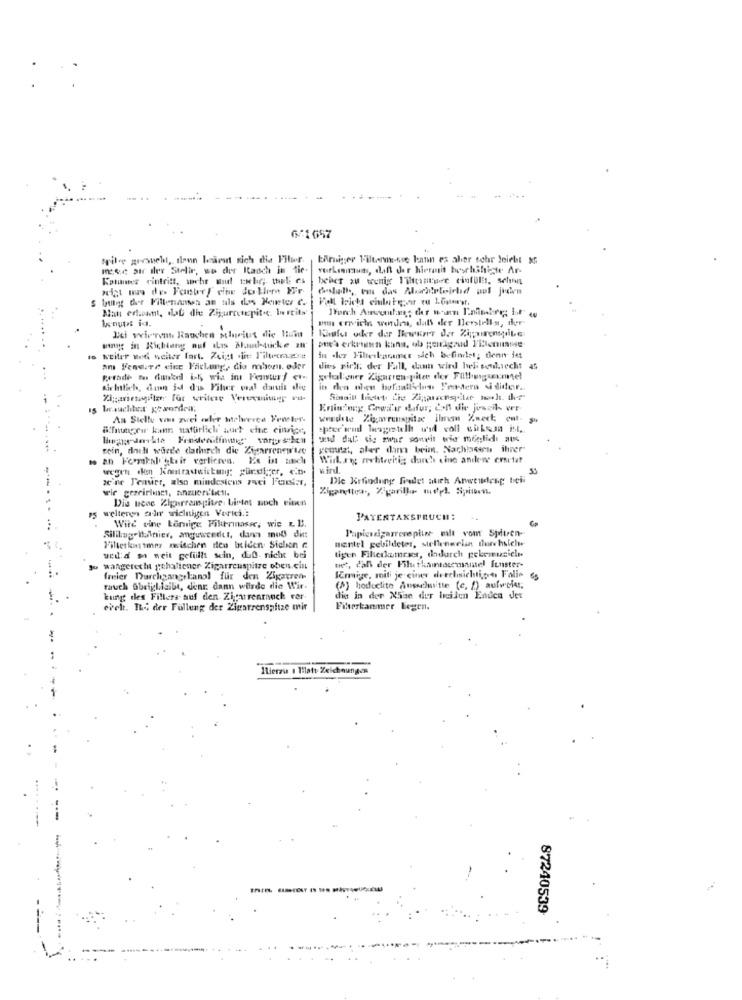
...
6-1657
tril-e gesucht, dann barut sich die Fitur.
Einiger Filtermosse kann es aber sehr leicht x
Icke str iler Stelir, we dler Itaoch in tie.
Katumer cintritt, schr und tihr ;. thel; es
neigt mus de. Fater! cine Jo ller EFr
batilegg der Fillenamen an tils dos Keweter C.
Man erteant, dub die Zijurcetepit.c. lartits
konupt id.
ps crivich werdeas, dati der llerstells, der
Li wirren Rauchen schritt die liiu
wings in Richtung nuf das Soud-suche an
in cher Fileskanuner sich befindet; denn iet
am Fendire cive Ffclung, dia mbor. oder
die's pirat; der Fall, dann wird hel souksecht
schal quer Zigarren pite der Füllungsexmel
sichtlich, dun id d'u Fiher val damit die
Sonis lighet Lie Zijpornspäter noch die
besuchtet geworden,
As Stelle von zwei eler stelwerte Fenster.
weedte Zigarennyitse ihrem %sect; cut.
alfnungeir kann natürlich auch eine einrice,
"pter and lasgestellt wid voll sibema ist,
and dal vis swat sonait wie möglich aus
rein, dach wurde dathirch die Zigarrenew'lze
vemuzi, aler dam beim. Nachlassen ihrer
Wir. ryg revtitrehig; durch eine andere erstat
wegen dlin kontrastwirting: günstiger, e.n.
ze'ne J'easier, also mindestens reci Fenster,
Dle Krfindung Gade! atich Anwendeng bei:"
Zigaretten, %parilla sept. Sieen.
Dis tene Ziparrangitre bietet noch einen
75 weltenen sadır wichtigen Vorrei .:
PATENTANSPRUCH:
Wird eine körnige Filtrinoser, wie & B.
Papieszigarrevepitar milt vom Spitren-
Sililugelinier, anguwcedul, dans mot ditt
mantel gebildeter, stellenerlan durchslelw
Filterkantmn zwischen sten biden Stelen &
tigen Filterkemrss, dadurch pekemusicle
ued:d sa weit geliillt scin, dub nicht bei
jo wangerecht gehaltener Zigarrenspitze oben cin
net, dal der Phthamescensamuel fenster-
freier Durchgangrkanal für den Zigarren-
SCrmige, miti je einer durchsichtig4 Folio
rauch fbeijl.feilt, denr. dann werde die Wir.
(A) hedeelite Ausschnitte (c, [) aufweiss;
kung des Fillers- auf den Zigarrenrauch ver
die in der Nise der beilen Enden Jet
evel. The der Fallung der Zigarrenspfize mir
Filterkammer bogen.
Hierzu 1 Tilatt Zeichnungen
-
87240539